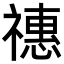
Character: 𥛸